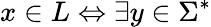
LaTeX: x\in L\Leftrightarrow\exists y\in\Sigma^{*}